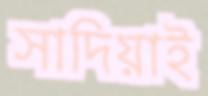
সাদিয়াই